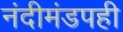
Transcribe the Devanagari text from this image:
नंदीमंडपही